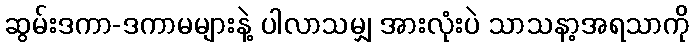
ဆွမ်းဒကာ-ဒကာမများနဲ့ ပါလာသမျှ အားလုံးပဲ သာသနာ့အရသာကို